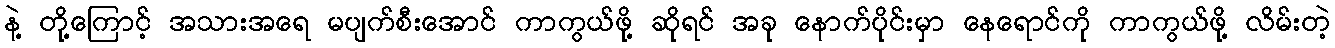
နဲ့ တို့ကြောင့် အသားအရေ မပျက်စီးအောင် ကာကွယ်ဖို့ ဆိုရင် အခု နောက်ပိုင်းမှာ နေရောင်ကို ကာကွယ်ဖို့ လိမ်းတဲ့